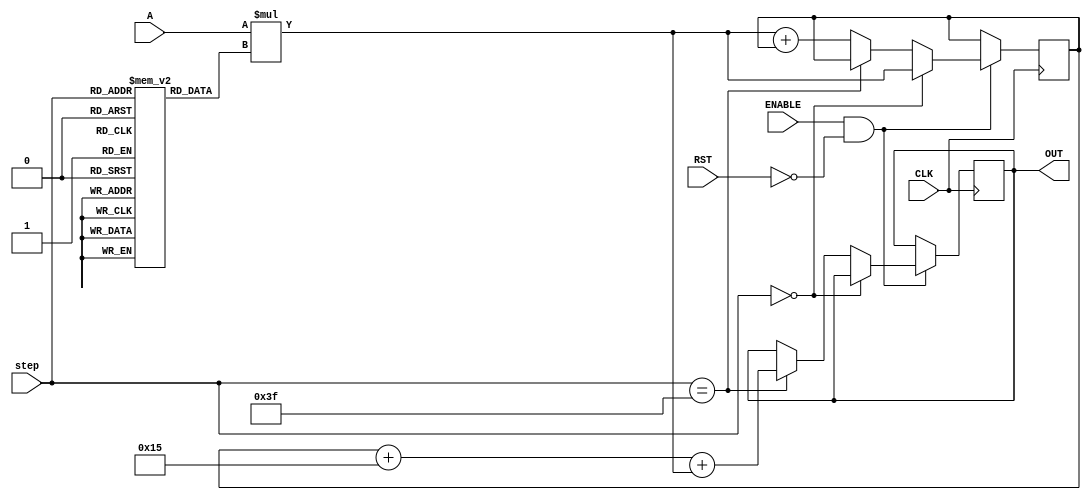
// This program was cloned from: https://github.com/ilaydayaman/CNN_for_SLR
// License: BSD 2-Clause "Simplified" License

`timescale 1ns / 1ps

module NODE_11(
input signed [35:0] A,
input [5:0] step,
input CLK,
input ENABLE,
input RST,
output reg signed [39:0] OUT //16-bit output
    );
    
reg signed [39:0] accumulator = 40'd0; //store the matrix mult here
reg signed [8:0] weights [63:0]; //store the weights here
reg signed [7:0] bias; //store node bias here

initial begin
   weights[0]<=9'b001000010;
   weights[1]<=9'b000111100;
   weights[2]<=9'b000000010;
   weights[3]<=9'b000000111;
   weights[4]<=9'b000011011;
   weights[5]<=9'b111110001;
   weights[6]<=9'b000001000;
   weights[7]<=9'b110110011;
   weights[8]<=9'b000011010;
   weights[9]<=9'b111110100;
   weights[10]<=9'b111111000;
   weights[11]<=9'b000001011;
   weights[12]<=9'b000000111;
   weights[13]<=9'b111111001;
   weights[14]<=9'b000110011;
   weights[15]<=9'b000101110;
   weights[16]<=9'b000011110;
   weights[17]<=9'b000010110;
   weights[18]<=9'b000100010;
   weights[19]<=9'b110101101;
   weights[20]<=9'b111010111;
   weights[21]<=9'b110111111;
   weights[22]<=9'b111111000;
   weights[23]<=9'b000011101;
   weights[24]<=9'b000001110;
   weights[25]<=9'b110110011;
   weights[26]<=9'b000011001;
   weights[27]<=9'b111011111;
   weights[28]<=9'b000001001;
   weights[29]<=9'b000001100;
   weights[30]<=9'b111111000;
   weights[31]<=9'b000001100;
   weights[32]<=9'b111110111;
   weights[33]<=9'b111010011;
   weights[34]<=9'b111010110;
   weights[35]<=9'b111110010;
   weights[36]<=9'b111111111;
   weights[37]<=9'b111011110;
   weights[38]<=9'b111010110;
   weights[39]<=9'b000010111;
   weights[40]<=9'b000010000;
   weights[41]<=9'b000010111;
   weights[42]<=9'b111101100;
   weights[43]<=9'b000100000;
   weights[44]<=9'b111111100;
   weights[45]<=9'b111101000;
   weights[46]<=9'b000000010;
   weights[47]<=9'b111101001;
   weights[48]<=9'b111111001;
   weights[49]<=9'b110000011;
   weights[50]<=9'b000100101;
   weights[51]<=9'b111111011;
   weights[52]<=9'b111011010;
   weights[53]<=9'b000000011;
   weights[54]<=9'b000000101;
   weights[55]<=9'b111101110;
   weights[56]<=9'b111110100;
   weights[57]<=9'b111101100;
   weights[58]<=9'b111111101;
   weights[59]<=9'b111100101;
   weights[60]<=9'b111100100;
   weights[61]<=9'b000001010;
   weights[62]<=9'b111010101;
   weights[63]<=9'b111110111;
   bias<=8'b11110101;
 end
 
 always @ ( posedge CLK )
 begin
    if( ENABLE == 1 && RST == 0 )
    begin
        if ( step == 0 )
        begin
            accumulator <=  A * weights[step];
        end
        else if( step == 63 )
        begin
            OUT <= accumulator + bias + A * weights[step];
        end else accumulator <=  A * weights[step] + accumulator;
    end
 end

endmodule